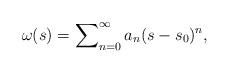
LaTeX: \begin{align*}\omega(s)=\sum\nolimits _{n=0}^{\infty}a_{n}(s-s_{0})^{n},\end{align*}